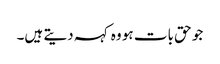
جو حق بات ہو وہ کہہ دیتے ہیں۔